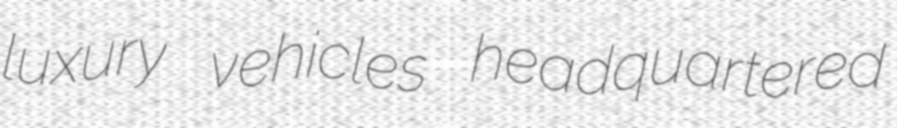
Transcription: luxury vehicles headquartered